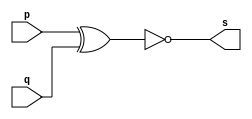
// ------------------------- 
// Exemplo0008 - XNOR 
// Nome: Eduardo de Figueiredo Junior
// ------------------------- 
// ------------------------- 
// -- xnor gate 
// ------------------------- 
module xnorgate ( output s,input p, q); 
assign s = ~(p ^ q); 
endmodule // xnorgate 
// --------------------- 
// -- test xnor gate 
// --------------------- 
module testxnorgate; 
// ------------------------- dados locais 
reg a, b; // definir registradores 
wire s; // definir conexao (fio) 
// ------------------------- instancia 
xnorgate XNOR1 (s, a, b); 
// ------------------------- preparacao 
initial begin:start 
// atribuicao simultanea 
// dos valores iniciais 
a=0; b=0; 
end 
// ------------------------- parte principal 
initial begin 
$display("Exemplo0008 - Eduardo de Figueiredo Junior - 451550"); 
$display("Test XNOR gate"); 
$display("\na ~^ b = s\n"); 
#1 a=0; b=0; 
$monitor("%b ~^ %b = %b", a, b, s); 
#1 a=0; b=1; 
#1 a=1; b=0; 
#1 a=1; b=1; 
 
end 
endmodule // testxnorgate